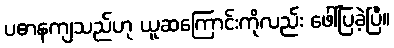
ပဓာနကျသည်ဟု ယူဆကြောင်းကိုလည်း ဖေါ်ပြခဲ့ပြီ။